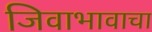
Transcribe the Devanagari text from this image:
जिवाभावाचा